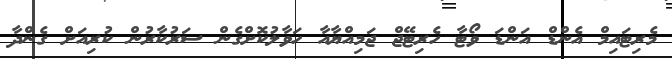
މެރިޓައިމް އެންޑް އަންޑަ ވޯޓާ ހެރިޓޭޖް ޖަމިއްޔާއާ ހަވާލުކޮށްގެން ސަރުކާރުން ކުރިއަށް ގެންދާ